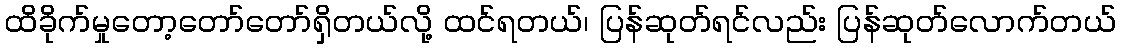
ထိခိုက်မှုတော့တော်တော်ရှိတယ်လို့ ထင်ရတယ်၊ ပြန်ဆုတ်ရင်လည်း ပြန်ဆုတ်လောက်တယ်